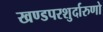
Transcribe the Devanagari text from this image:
खण्डपरशुर्दारुणो